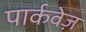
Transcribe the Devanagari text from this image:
पार्कवेज़